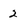
Character: 2